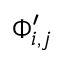
\Phi _ { i , j } ^ { \prime }